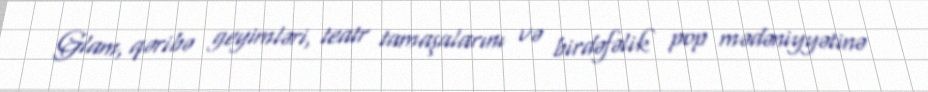
Glam, qəribə geyimləri, teatr tamaşalarını və birdəfəlik pop mədəniyyətinə